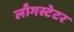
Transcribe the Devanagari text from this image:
लाँगस्टेटर